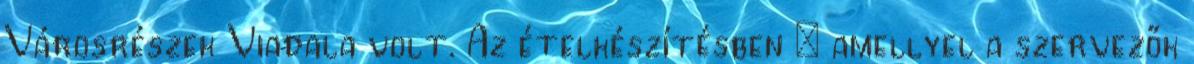
Városrészek Viadala volt. Az ételkészítésben – amellyel a szervezők